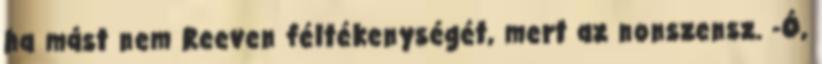
ha mást nem Reeven féltékenységét, mert az nonszensz. -Ó,